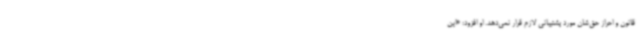
قانون و احراز حق‌شان مورد پشتیبانی لازم قرار نمی‌دهد. او افزود: «این